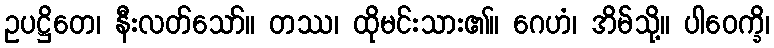
ဥပဋ္ဌိတေ၊ နီးလတ်သော်။ တဿ၊ ထိုမင်းသား၏။ ဂေဟံ၊ အိမ်သို့။ ပါဝေက္ခိ၊